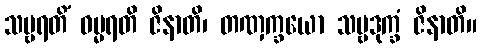
သဗ္ဗရတိံ ဓမ္မရတိ ဇိနာတိ၊ တဏှက္ခယော သဗ္ဗဒုက္ခံ ဇိနာတိ။